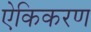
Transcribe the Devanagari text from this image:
ऐकिकरण